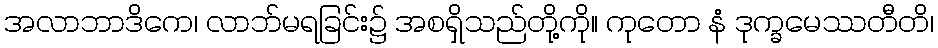
အလာဘာဒိကေ၊ လာဘ်မရခြင်း၌ အစရှိသည်တို့ကို။ ကုတော နံ ဒုက္ခမေဿတီတိ၊